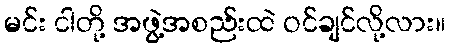
မင်း ငါတို့ အဖွဲ့အစည်းထဲ ဝင်ချင်လို့လား။